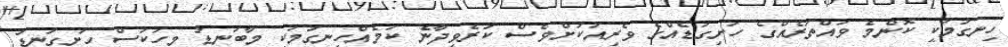
ހިނގުމަކީ ކޮންމެ ވައްތަރެއްގެ ހަށިގަޑެއްގެ ވެރިއަކަށްވެސް ކުރެވިދާނެ ކަމެއްހިނގުމަކީ މާބަނޑު މީހަކަސް ހަށިގަނޑު